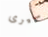
سيرى